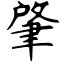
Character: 肇